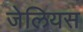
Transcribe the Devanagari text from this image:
जेलियस